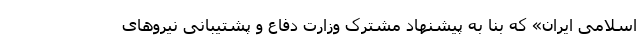
اسلامی ایران» که بنا به پیشنهاد مشترک وزارت دفاع و پشتیبانی نیروهای